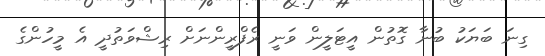
ގިނަ ބަޔަކު ބުނާ ގޮތުން އީޓަލީން ވަނީ ރެފްރީންނަށް ރިޝްވަތުދީ އެ މީހުންގެ